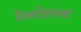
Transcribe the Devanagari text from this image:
टेलऐटलस